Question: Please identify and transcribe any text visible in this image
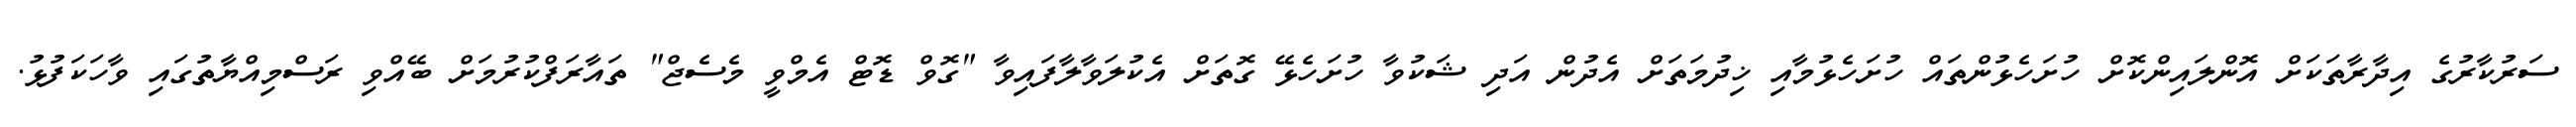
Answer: ސަރުކާރުގެ އިދާރާތަކަށް އޮންލައިންކޮށް ހުށަހެޅުންތައް ހުށަހެޅުމާއި ޚިދުމަތަށް އެދުން އަދި ޝަކުވާ ހުށަހެޅޭ ގޮތަށް އެކުލަވާލާފައިވާ "ގޮވް ޑޮޓް އެމްވީ މެސެޖް" ތައާރަފްކުރުމަށް ބޭއްވި ރަސްމިއްޔާތުގައި ވާހަކަފުޅު.